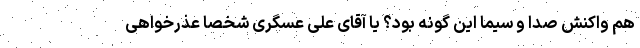
هم واکنش صدا و سیما این گونه بود؟ یا آقای علی عسگری شخصا عذرخواهی